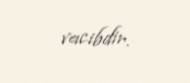
vacibdir.